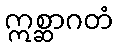
ဣစ္ဆာဂတံ